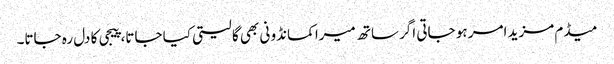
میڈم مزید امر ہو جاتی اگر ساتھ میرا کمانڈو نی بھی گا لیتی کیا جاتا، پیجی کا دل رہ جاتا۔